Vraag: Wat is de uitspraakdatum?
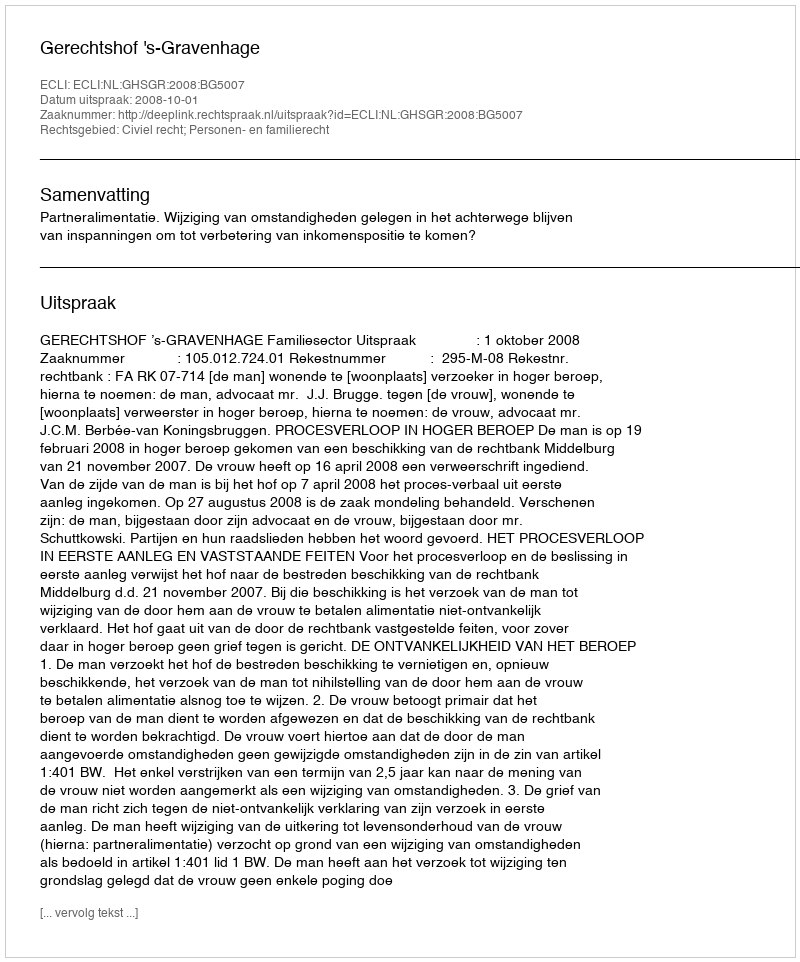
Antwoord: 2008-10-01